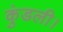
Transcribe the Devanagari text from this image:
कुंडली।